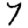
Digit: 7